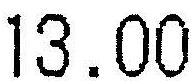
13.00